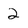
Character: 2